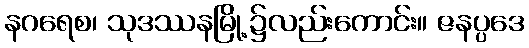
နဂရေစ၊ သုဒဿနမြို့၌လည်းကောင်း။ ဇနပ္ပဒေ